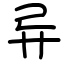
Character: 异